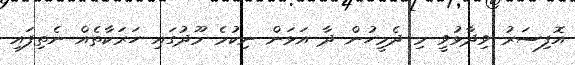
އޮފިސަރު ވިދާޅުވީ މި ދެމީހުން ދާ އަޅަން ނިކުމެ މޫދުގައި ހަރަކާތެއް ނެތިފައި